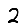
Digit: 2